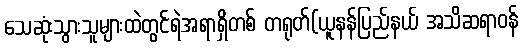
သေဆုံးသွားသူများထဲတွင်ရဲအရာရှိတစ် တရုတ်(ယူနန်ပြည်နယ် အသိဆရာဝန်